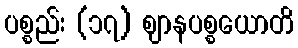
ပစ္စည်း (၁၇) ဈာနပစ္စယောတိ